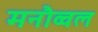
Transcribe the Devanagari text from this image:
मनौव्वल